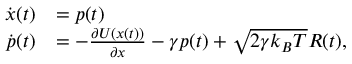
\begin{array} { r l } { \dot { \ensuremath { \boldsymbol { { x } } } } ( t ) } & { = { \ensuremath { \boldsymbol { p } } ( t ) } } \\ { \dot { \ensuremath { \boldsymbol { p } } } ( t ) } & { = - \frac { \partial U ( \ensuremath { \boldsymbol { { x } } } ( t ) ) } { \partial \ensuremath { \boldsymbol { { x } } } } - \gamma \ensuremath { \boldsymbol { p } } ( t ) + \sqrt { 2 \gamma k _ { B } T } \ensuremath { \boldsymbol { R } } ( t ) , } \end{array}